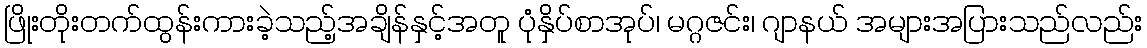
ဖြိုးတိုးတက်ထွန်းကားခဲ့သည့်အချိန်နှင့်အတူ ပုံနှိပ်စာအုပ်၊ မဂ္ဂဇင်း၊ ဂျာနယ် အများအပြားသည်လည်း